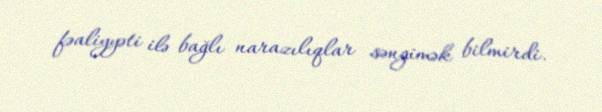
fəaliyyəti ilə bağlı narazılıqlar səngimək bilmirdi.